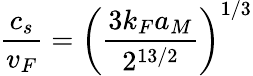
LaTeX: \frac{c_{s}}{v_{F}}=\left(\frac{3k_{F}a_{M}}{2^{13/2}}\right)^{1/3}